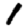
Digit: 1